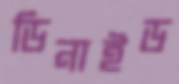
ডিনাইড